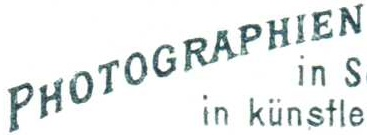
PHOTOGRAPHIEN